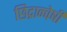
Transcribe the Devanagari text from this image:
छिद्रान्वेषी